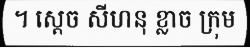
។ ស្តេច សីហនុ ខ្លាច ក្រុម